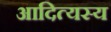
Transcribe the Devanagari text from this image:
आदित्यस्य